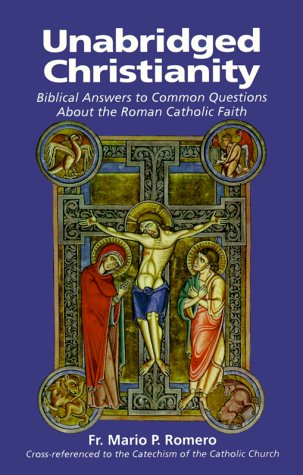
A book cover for Unabridged Christianity: Biblical Answers to Common Questions About the Roman Catholic Faith; Mario P. Romero; Christian Books & Bibles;